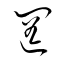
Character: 罔